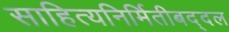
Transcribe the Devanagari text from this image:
साहित्यनिर्मितीबद्दल